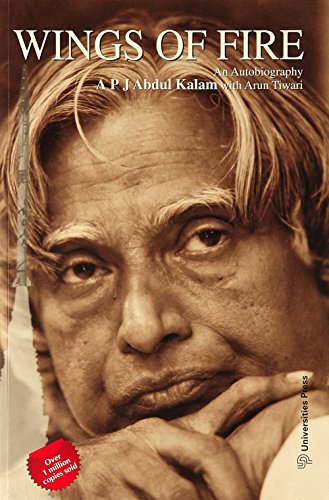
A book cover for Wings of Fire: An Autobiography of APJ Abdul Kalam; A. P. J. Abdul Kalam; Biographies & Memoirs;